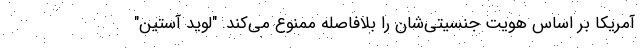
آمریکا بر اساس هویت جنسیتی‌شان را بلافاصله ممنوع می‌کند. "لوید آستین"